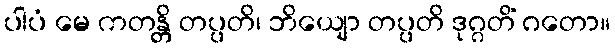
ပါပံ မေ ကတန္တိ တပ္ပတိ၊ ဘိယျော တပ္ပတိ ဒုဂ္ဂတိံ ဂတော။